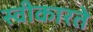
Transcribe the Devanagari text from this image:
स्‍वीकारते